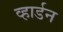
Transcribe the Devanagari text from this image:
व्हार्डन